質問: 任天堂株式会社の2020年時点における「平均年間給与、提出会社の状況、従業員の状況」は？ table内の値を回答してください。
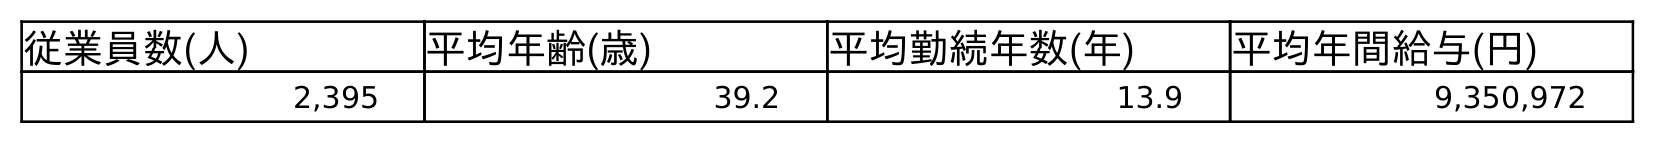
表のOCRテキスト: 従業員数(人) 平均年齢(歳) 平均勤続年数(年) 平均年間給与(円) 2,395 39.2 13.9 9,350,972
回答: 9,350,972